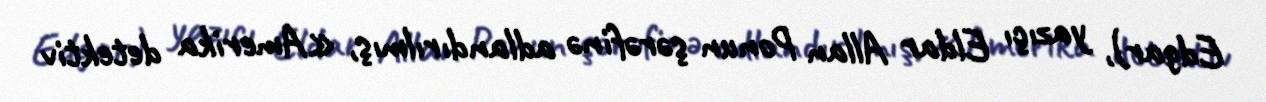
Edgar), yazıçı Eldar Allan Ponun şərəfinə adlandırılmış, «Amerika detektiv